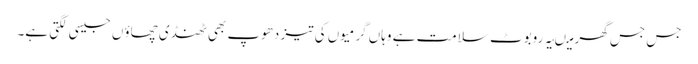
جس جس گھر میںیہ روبوٹ سلامت ہے وہاں گرمیوں کی تیز دھوپ بھی ٹھنڈی چھاؤں جیسی لگتی ہے۔